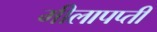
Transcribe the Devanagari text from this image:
मीलापप्ती